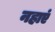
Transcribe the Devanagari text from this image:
नहाएं